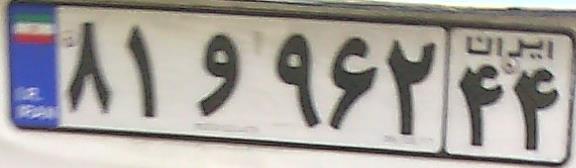
۸۱و۹۶۲۴۴